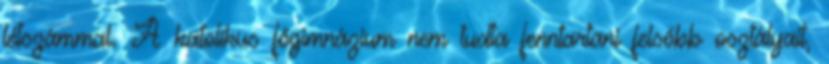
létszámmal. A katolikus főgimnázium nem tudta fenntartani felsőbb osztályait,